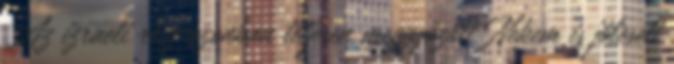
Az izraeli rész azonban teljesen meggyőzött. Nekem is jólesett